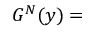
{ G } ^ { N } ( y ) =